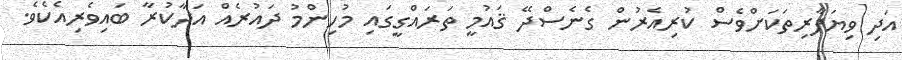
އަދި ވިޔަފާރިތަކަށްވެސް ކުރިއެރުން ގެނެސްދޭ ޤައުމީ ތަރައްގީގައި މުހިންމު ދައުރެއް އަދާކުރާ ބައިވެރިއެކެވެ.